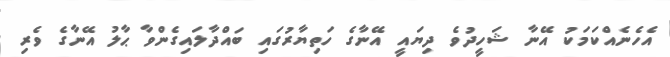
އެހެނެއްކަމަކު އޭނާ ޝަހީދުވެ ދިޔައީ އޭނާގެ ހަތިޔާރުގައި ބައްދާލައިގެންވާ ޙާލު އޭނާގެ ވެރި